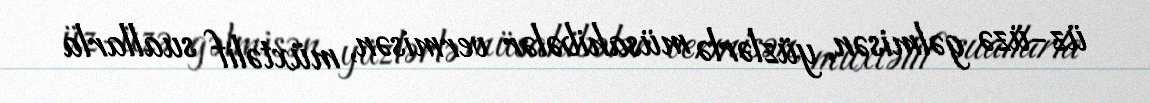
üz-üzə gəlmisən, yüzlərlə müsahibələr vermisən, müxtəlif suallarla